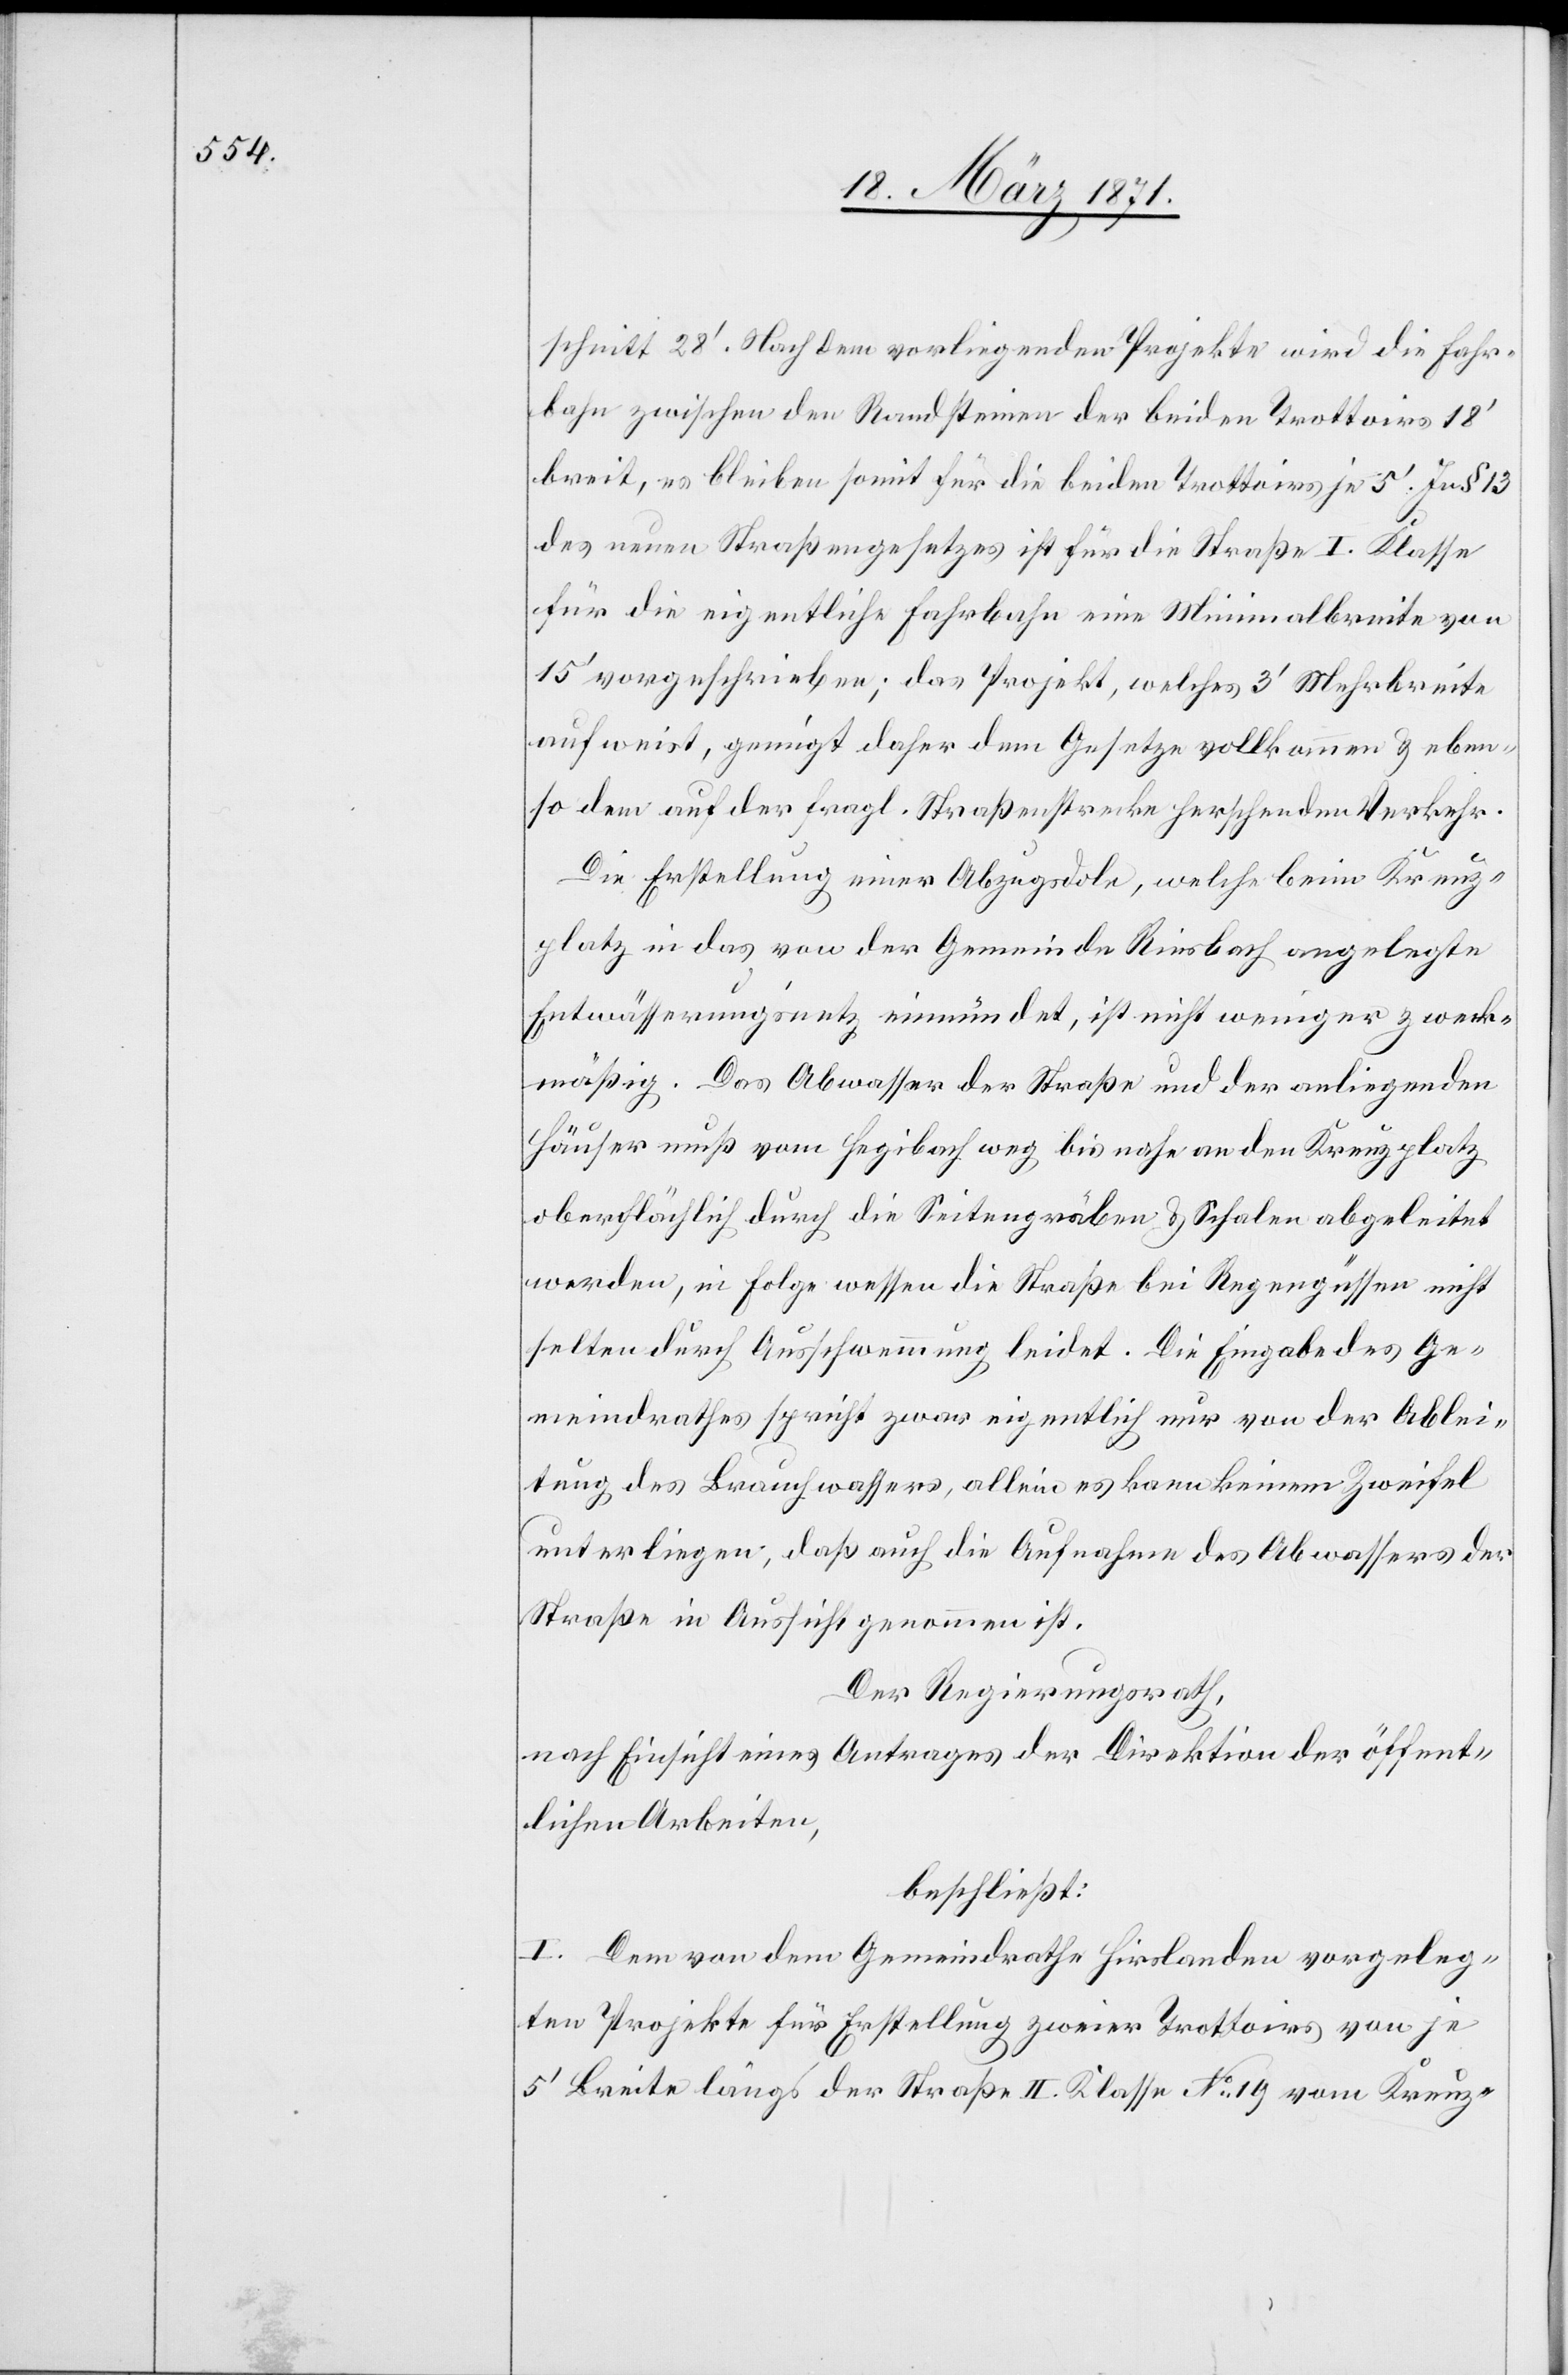
schnitt 28‘. Nach dem vorliegenden Projekte wird die Fahr¬
bahn zwischen den Randsteinen der beiden Trottoirs 18‘
breit, es bleiben somit für die beiden Trottoirs je 5‘. In § 13
des neuen Straßengesetzes ist für die Straße I. Klasse
für die eigentliche Fahrbahn eine Minimalbreite von
15‘ vorgeschrieben; das Projekt, welches 3‘ Mehrbreite
aufweist, genügt daher dem Gesetze vollkommen u. eben¬
so dem auf der fragl. Straßenstrecke herschenden Verkehr.
Die Erstellung einer Abzugsdole, welche beim Kreuz¬
platz in das von der Gemeinde Riesbach angelegte
Entwässerungsnetz einmündet, ist nicht weniger zweck¬
mäßig. Das Abwasser der Straße und der anliegenden
Häuser muß vom Hegibach weg, bis nahe an den Kreuzplatz
oberflächlich durch die Seitengräben u. Schalen abgeleitet
werden, in Folge wessen die Straße bei Regengüssen nicht
selten durch Ausschwemmung leidet. Die Eingabe des Ge¬
meindrathes spricht zwar eigentlich nur von der Ablei¬
tung des Brauchwassers, allein es kann keinem Zweifel
unterliegen, daß auch die Aufnahme des Abwassers der
Straße in Aussicht genommen ist.
Der Regierungsrath,
nach Einsicht eines Antrages der Direktion der öffent¬
lichen Arbeiten,
beschließt:
I. Dem von dem Gemeindrathe Hirslanden vorgeleg¬
ten Projekte für Erstellung zweier Trottoirs von je
5‘ Breite längs der Straße II. Klasse No. 19 vom Kreuz-